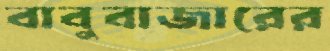
বাবুবাজারের